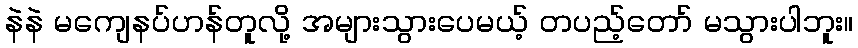
နဲနဲ မကျေနပ်ဟန်တူလို့ အများသွားပေမယ့် တပည့်တော် မသွားပါဘူး။